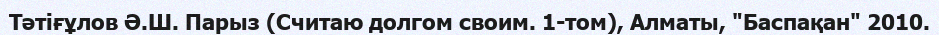
Тәтіғұлов Ә.Ш. Парыз (Считаю долгом своим. 1-том), Алматы, "Баспақан" 2010.